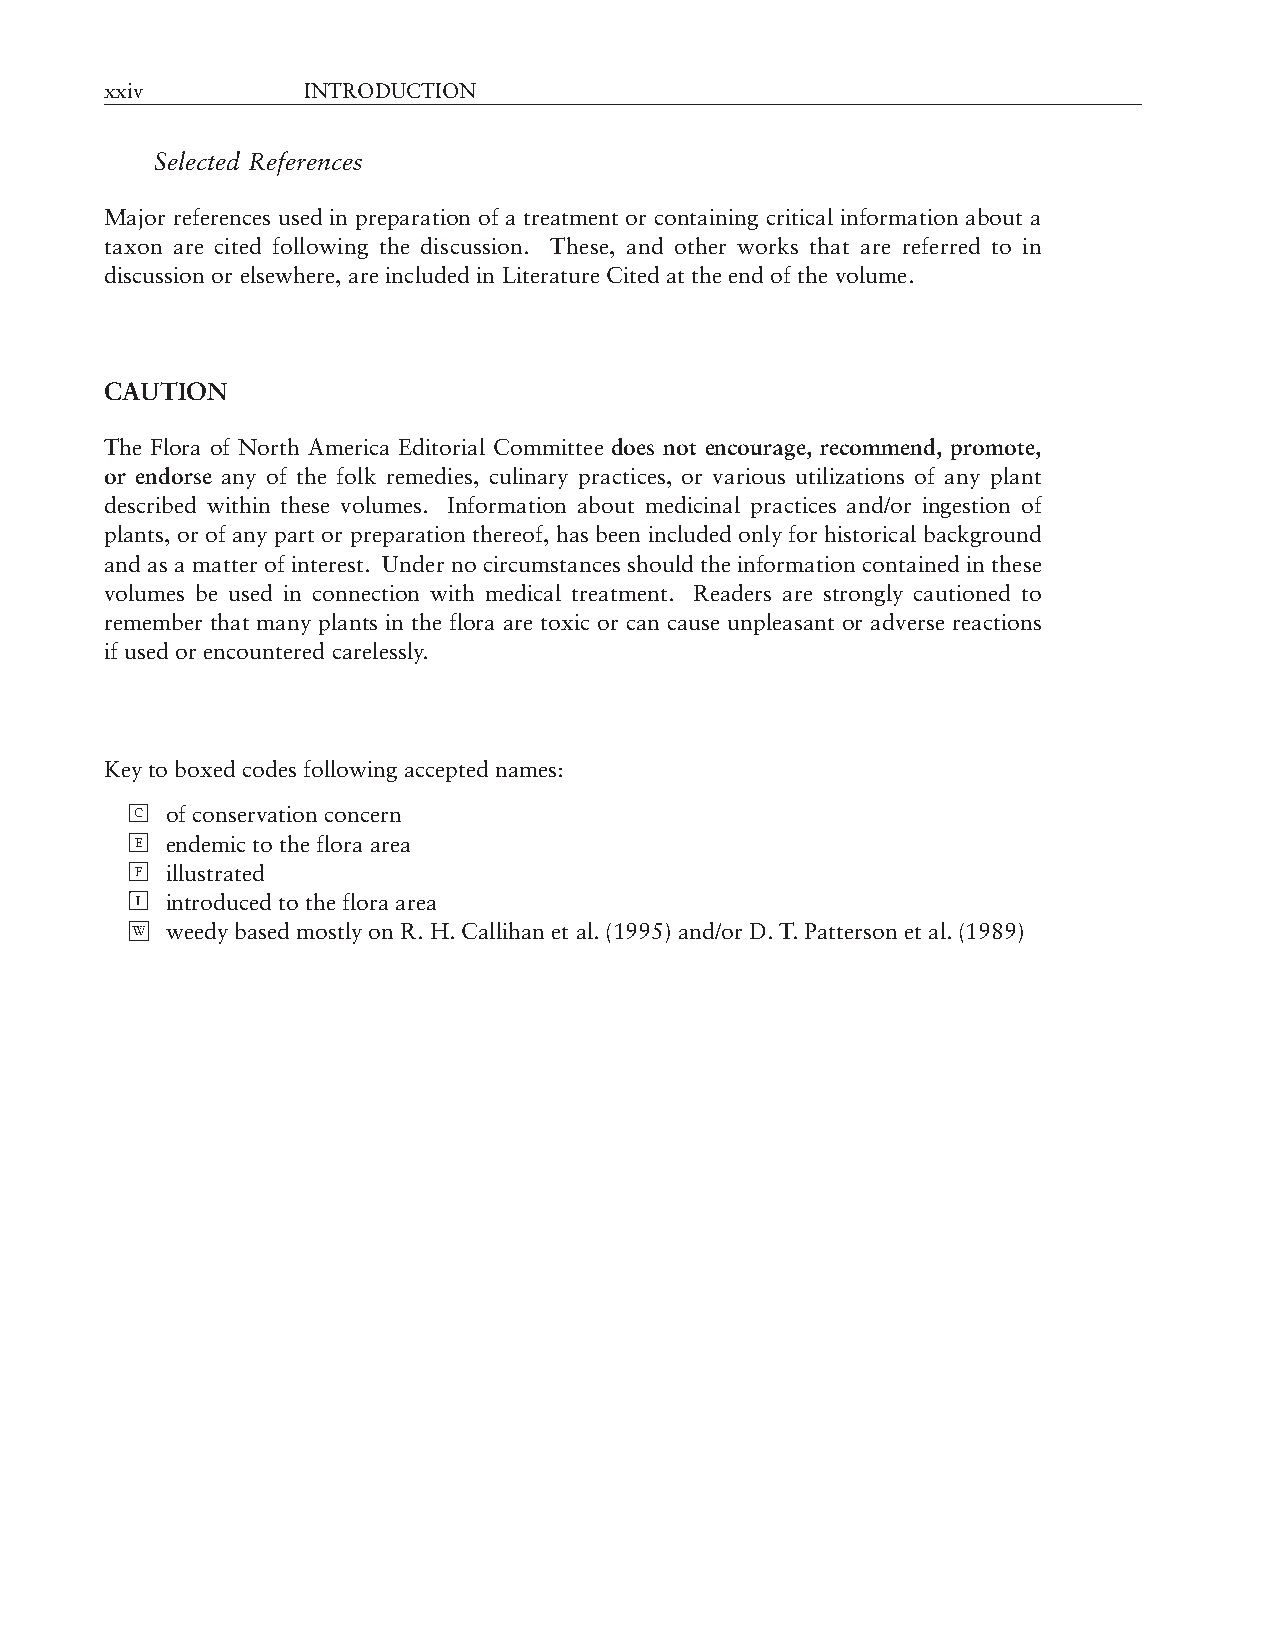
xxiv         INTRODUCTION
 Selected References
 Major references used in preparation of a treatment or containing critical information about a
 taxon are cited following the discussion. These, and other works that are referred to in
 discussion or elsewhere, are included in Literature Cited at the end of the volume.
 CAUTION
 The Flora of North America Editorial Committee does not encourage, recommend, promote,
 or endorse any of the folk remedies, culinary practices, or various utilizations of any plant
 described within these volumes. Information about medicinal practices and/or ingestion of
 plants, or of any part or preparation thereof, has been included only for historical background
 and as a matter of interest. Under no circumstances should the information contained in these
 volumes be used in connection with medical treatment. Readers are strongly cautioned to
 remember that many plants in the flora are toxic or can cause unpleasant or adverse reactions
 if used or encountered carelessly.
 Key to boxed codes following accepted names:
 C of conservation concern
 E endemic to the flora area
 F illustrated
 I introduced to the flora area
 weedy based mostly on R. H. Callihan et al. (1995) and/or D. T. Patterson et al. (1989)